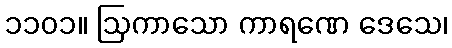
၁၁၀၁။ ဩကာသော ကာရဏေ ဒေသေ၊